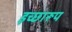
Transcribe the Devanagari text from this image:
इच्छारूप